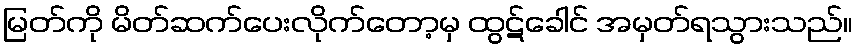
မြတ်ကို မိတ်ဆက်ပေးလိုက်တော့မှ ထွဋ်ခေါင် အမှတ်ရသွားသည်။